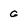
Character: G